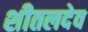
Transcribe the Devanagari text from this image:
शीतलदेव